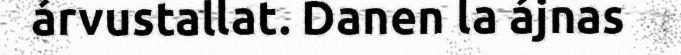
árvustallat. Danen la ájnas